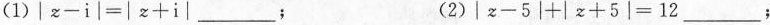
(1)$$|z-i|=|z+i|___$$﹔ (2)$$15|z-5|+|z+5|=12___$$；